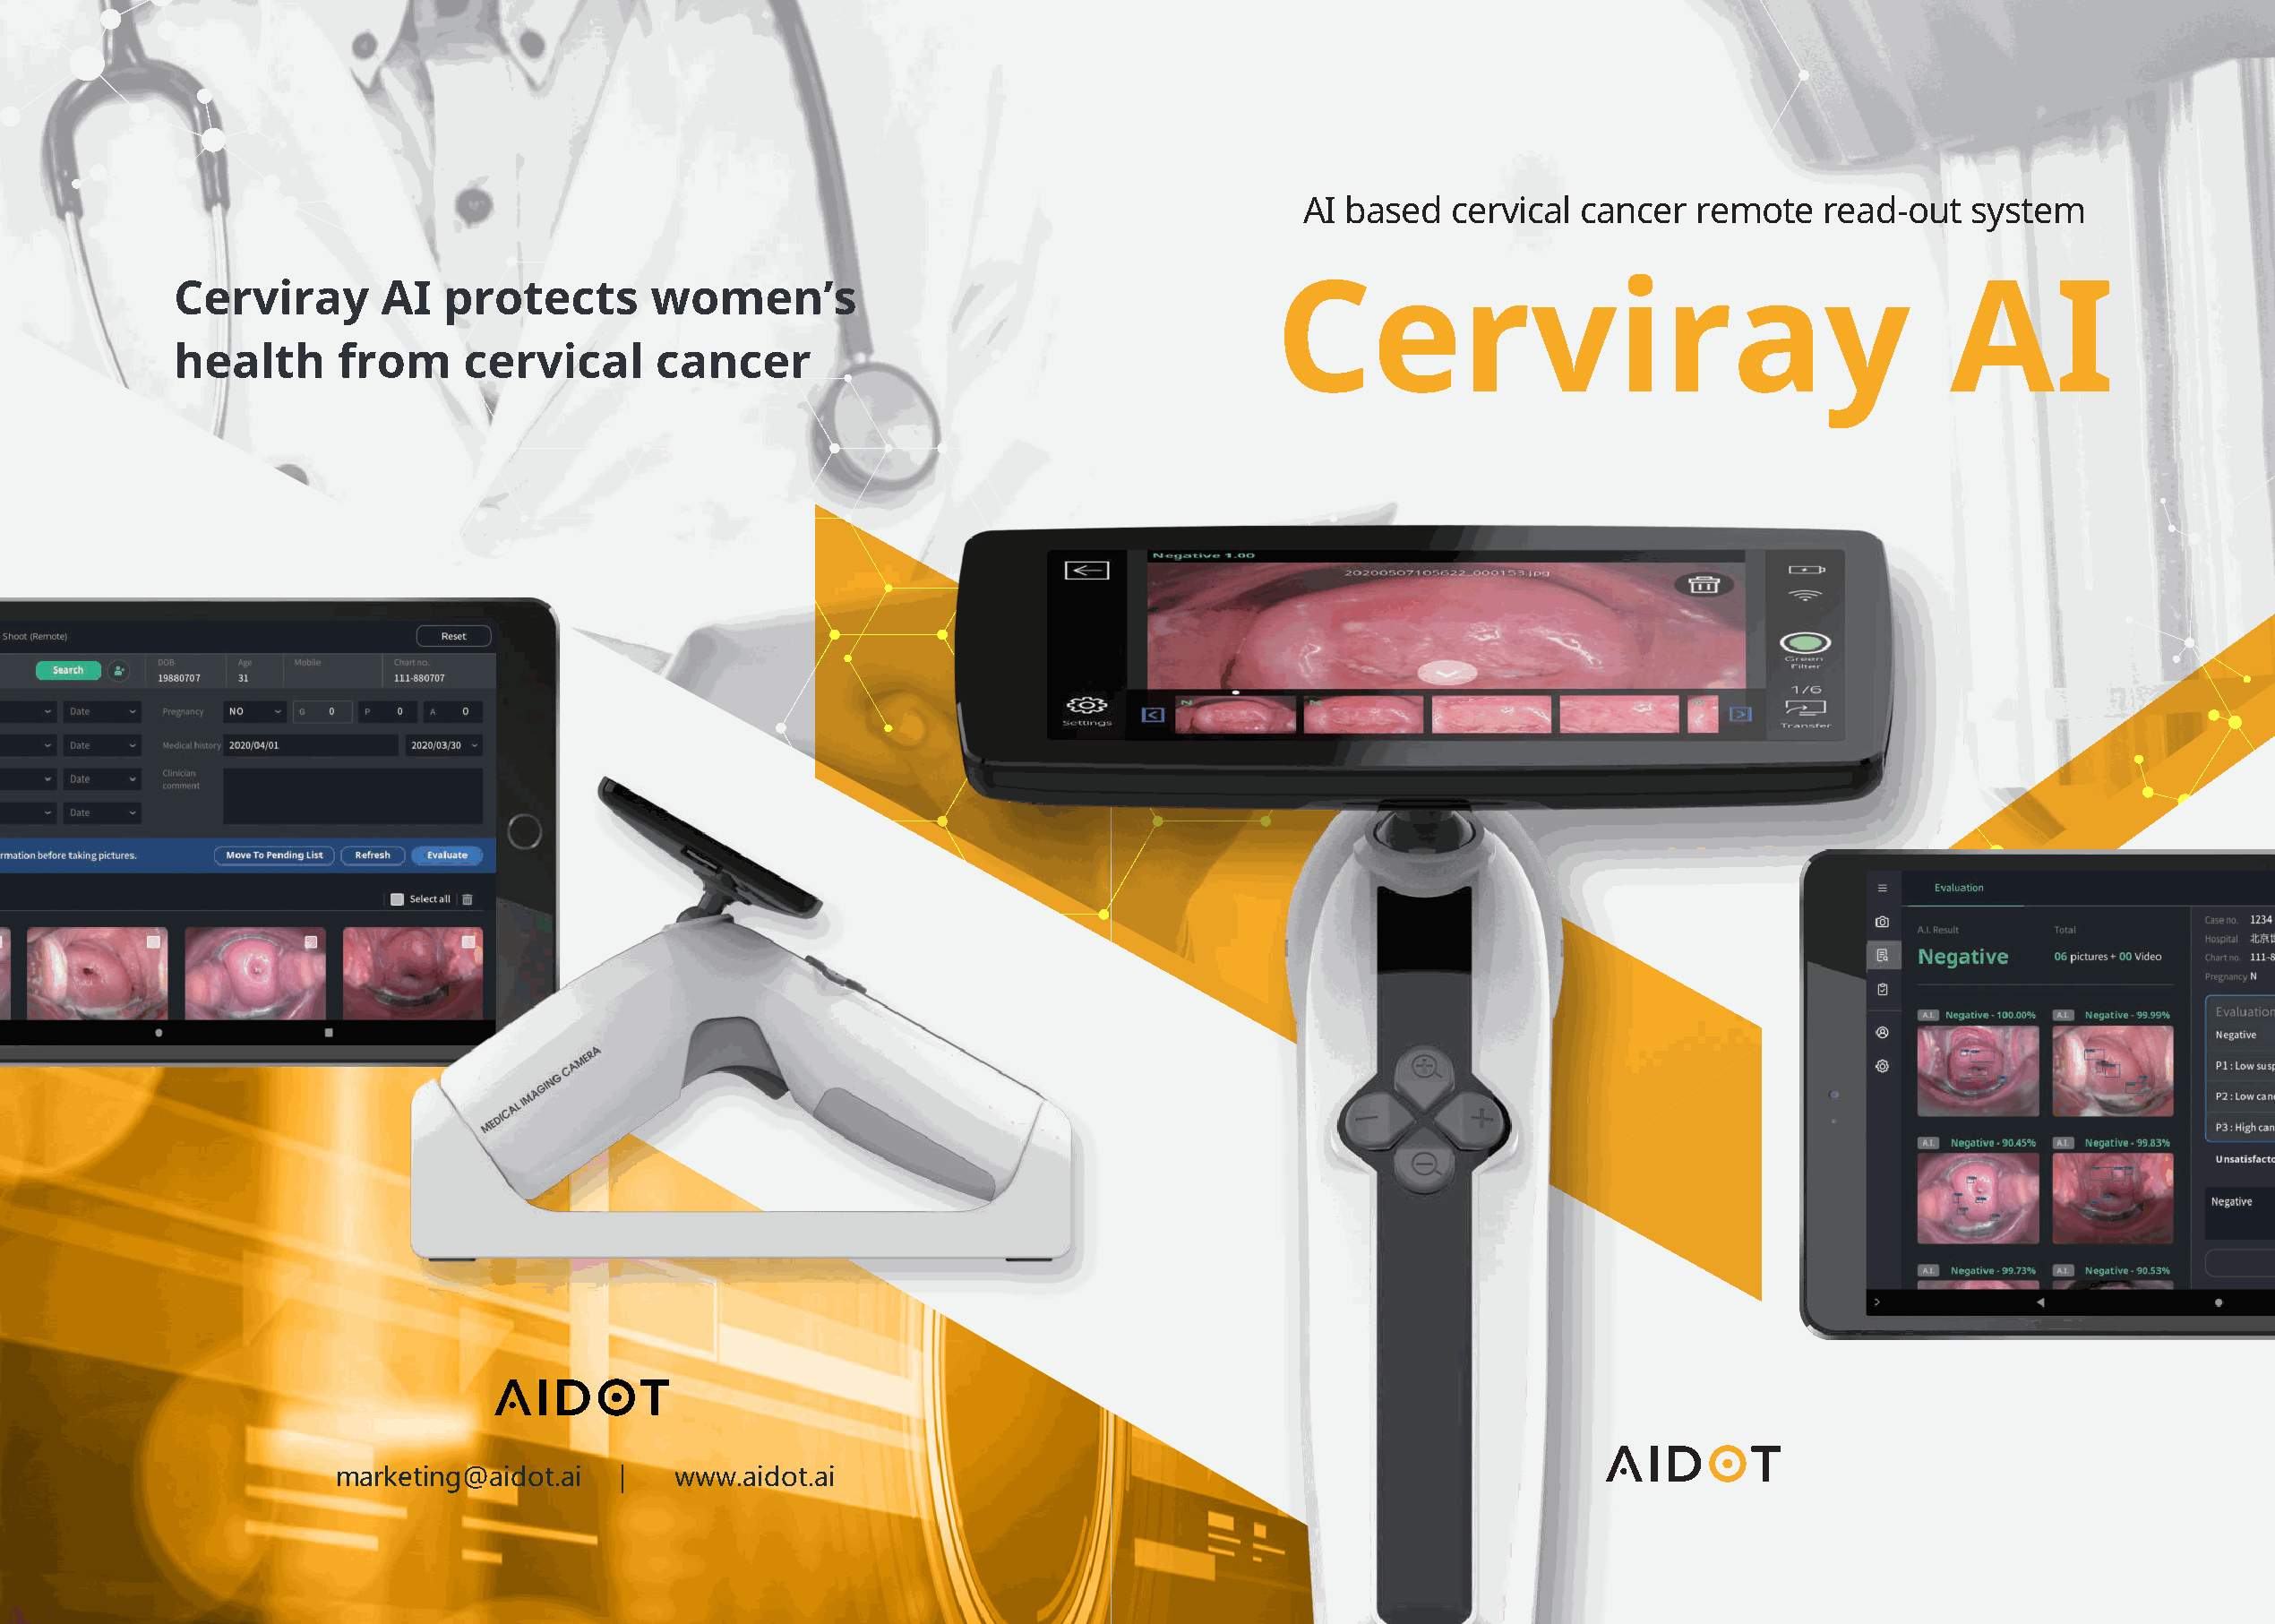
AI based   cervical  cancer  remote    read-out   system
 Cerviray       AI   protects       women’s                                       Cerviray                                          AI
 health      from     cervical      cancer
 marketing@aidot.ai   |   www.aidot.ai